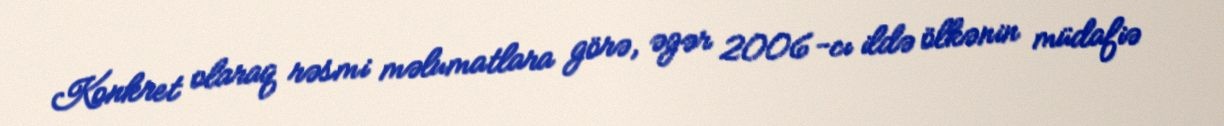
Konkret olaraq rəsmi məlumatlara görə, əgər 2006-cı ildə ölkənin müdafiə